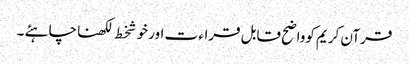
قرآن کریم کوواضح قابل قراء ت اورخوشخط لکھناچاہئے ۔